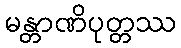
မန္တာဏိပုတ္တဿ